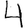
Digit: 4